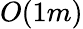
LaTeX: O(1m)